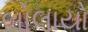
બોલાયો